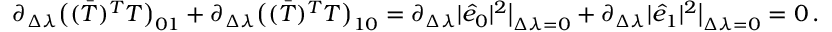
\begin{array} { r l } & { \partial _ { \Delta \lambda } \big ( ( \bar { T } ) ^ { T } T \big ) _ { 0 1 } + \partial _ { \Delta \lambda } \big ( ( \bar { T } ) ^ { T } T \big ) _ { 1 0 } = \partial _ { \Delta \lambda } \vert \hat { e } _ { 0 } \vert ^ { 2 } \big \rvert _ { \Delta \lambda = 0 } + \partial _ { \Delta \lambda } \vert \hat { e } _ { 1 } \vert ^ { 2 } \big \rvert _ { \Delta \lambda = 0 } = 0 \, . } \end{array}